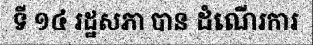
ទី ១៤ រដ្ឋសភា បាន ដំណើរការ